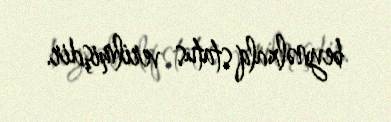
beynəlxalq status verilmişdir.